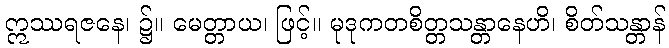
ဣဿရဇနေ၊ ၌။ မေတ္တာယ၊ ဖြင့်။ မုဒုကတစိတ္တသန္တာနေဟိ၊ စိတ်သန္တာန်